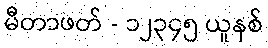
မီတာဖတ် - ၁၂၃၄၅ ယူနစ်